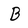
Character: B